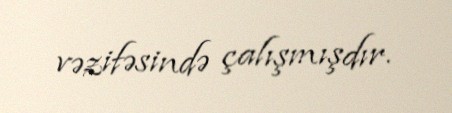
vəzifəsində çalışmışdır.